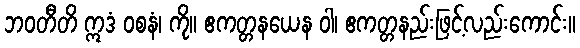
ဘဝတီတိ ဣဒံ ဝစနံ၊ ကို။ ဧကတ္တနယေန ဝါ၊ ဧကတ္တနည်းဖြင့်လည်းကောင်း။